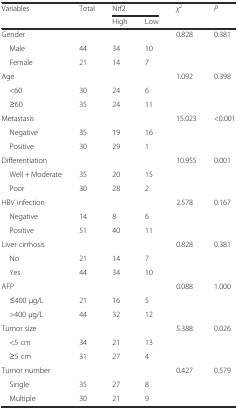
<table><thead><tr><td rowspan="2"><b>Variables</b></td><td rowspan="2"><b>Total</b></td><td colspan="2"><b>Nrf2</b></td><td rowspan="2"><b><i>χ</i><sup>2</sup></b></td><td rowspan="2"><b><i>P</i></b></td></tr><tr><td><b>High</b></td><td><b>Low</b></td></tr></thead><tbody><tr><td>Gender</td><td></td><td></td><td></td><td>0.828</td><td>0.381</td></tr><tr><td> Male</td><td>44</td><td>34</td><td>10</td><td></td><td></td></tr><tr><td> Female</td><td>21</td><td>14</td><td>7</td><td></td><td></td></tr><tr><td>Age</td><td></td><td></td><td></td><td>1.092</td><td>0.398</td></tr><tr><td> &lt;60</td><td>30</td><td>24</td><td>6</td><td></td><td></td></tr><tr><td> ≥60</td><td>35</td><td>24</td><td>11</td><td></td><td></td></tr><tr><td>Metastasis</td><td></td><td></td><td></td><td>15.023</td><td>&lt;0.001</td></tr><tr><td> Negative</td><td>35</td><td>19</td><td>16</td><td></td><td></td></tr><tr><td> Positive</td><td>30</td><td>29</td><td>1</td><td></td><td></td></tr><tr><td>Differentiation</td><td></td><td></td><td></td><td>10.955</td><td>0.001</td></tr><tr><td> Well + Moderate</td><td>35</td><td>20</td><td>15</td><td></td><td></td></tr><tr><td> Poor</td><td>30</td><td>28</td><td>2</td><td></td><td></td></tr><tr><td>HBV infection</td><td></td><td></td><td></td><td>2.578</td><td>0.167</td></tr><tr><td> Negative</td><td>14</td><td>8</td><td>6</td><td></td><td></td></tr><tr><td> Positive</td><td>51</td><td>40</td><td>11</td><td></td><td></td></tr><tr><td>Liver cirrhosis</td><td></td><td></td><td></td><td>0.828</td><td>0.381</td></tr><tr><td> No</td><td>21</td><td>14</td><td>7</td><td></td><td></td></tr><tr><td> Yes</td><td>44</td><td>34</td><td>10</td><td></td><td></td></tr><tr><td>AFP</td><td></td><td></td><td></td><td>0.088</td><td>1.000</td></tr><tr><td> ≤400 μg/L</td><td>21</td><td>16</td><td>5</td><td></td><td></td></tr><tr><td> &gt;400 μg/L</td><td>44</td><td>32</td><td>12</td><td></td><td></td></tr><tr><td>Tumor size</td><td></td><td></td><td></td><td>5.388</td><td>0.026</td></tr><tr><td> &lt;5 cm</td><td>34</td><td>21</td><td>13</td><td></td><td></td></tr><tr><td> ≥5 cm</td><td>31</td><td>27</td><td>4</td><td></td><td></td></tr><tr><td>Tumor number</td><td></td><td></td><td></td><td>0.427</td><td>0.579</td></tr><tr><td> Single</td><td>35</td><td>27</td><td>8</td><td></td><td></td></tr><tr><td> Multiple</td><td>30</td><td>21</td><td>9</td><td></td><td></td></tr></tbody></table>